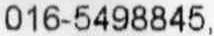
016-5498845,